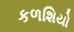
કળશિયો